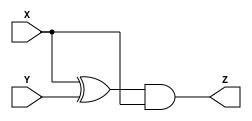
module ex_fourth (output wire Z, input wire X, Y);

wire Xor_1;
  xor U0(Xor_1, X, Y);
  and U1(Z, Xor_1, X);  
  

endmodule